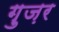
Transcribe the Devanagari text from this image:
ग़ुज़र